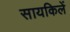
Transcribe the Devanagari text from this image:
सायकिलें